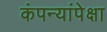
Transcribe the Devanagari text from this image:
कंपन्यांपेक्षा